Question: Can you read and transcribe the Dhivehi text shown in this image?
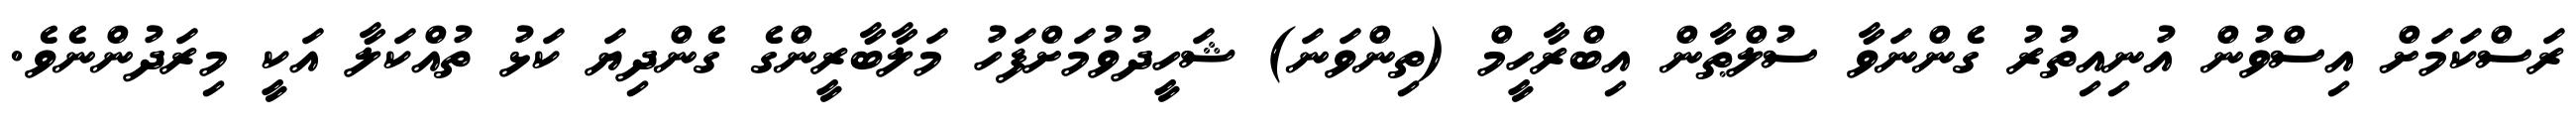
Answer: ރަސްކަމަށް އިސްވުން އުނިއިތުރު ގެންނަވާ ސުލްޠާން އިބްރާހީމް (ތިންވަނަ) ޝަހީދުވުމަށްފަހު މަލާބާރީންގެ ގެންދިޔަ ކަޅު ތުއްކަލާ އަކީ މިރަދުންނެވެ.